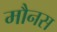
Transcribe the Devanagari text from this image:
मौनस